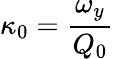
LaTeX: \kappa_{0}=\frac{\omega_{y}}{Q_{0}}